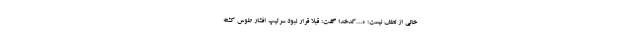
خالی از لطف نیست: «...کدخدا گفت: قبلا قرار نبود سرتیپ افشار طوس کشته